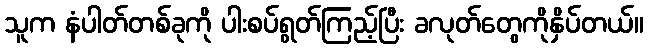
သူက နံပါတ်တစ်ခုကို ပါးစပ်ရွတ်ကြည့်ပြီး ခလုတ်တွေကိုနှိပ်တယ်။